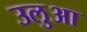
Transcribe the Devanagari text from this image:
उलुआ